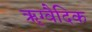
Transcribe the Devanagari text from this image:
ॠग्वैदिक